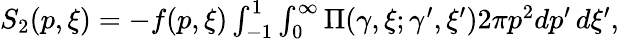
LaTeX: \begin{array}{r}{S_{2}(p,\xi)=-f(p,\xi)\int_{-1}^{1}\int_{0}^{\infty}\Pi(\gamma,\xi;\gamma^{\prime},\xi^{\prime})2\pi p^{2}dp^{\prime}\, d\xi^{\prime},}\end{array}